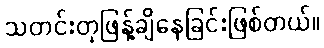
သတင်းတုဖြန့်ချိနေခြင်းဖြစ်တယ်။